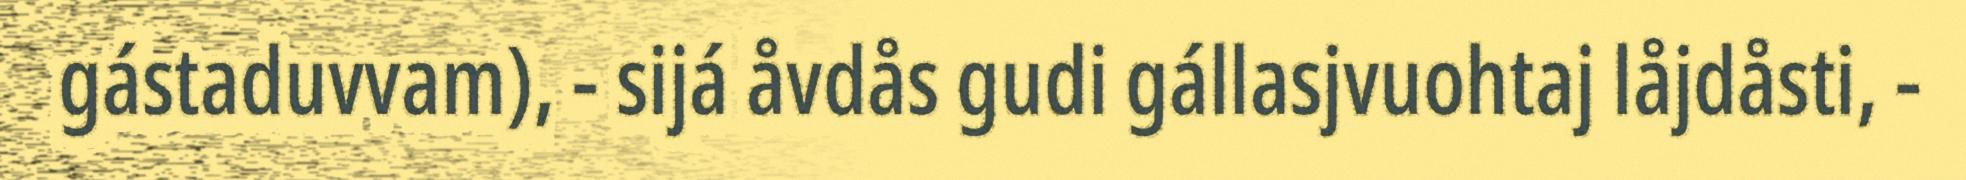
gástaduvvam), - sijá åvdås gudi gállasjvuohtaj låjdåsti, -